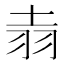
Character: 𫅢